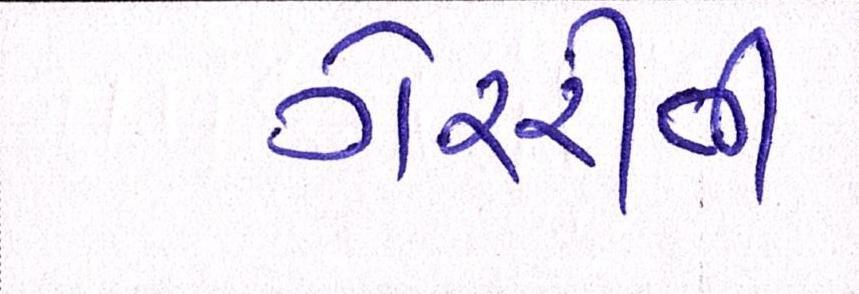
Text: ગેરરીતી